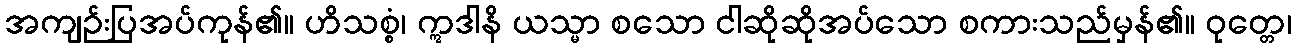
အကျဉ်းပြအပ်ကုန်၏။ ဟိသစ္စံ၊ ဣဒါနိ ယသ္မာ စသော ငါဆိုဆိုအပ်သော စကားသည်မှန်၏။ ဝုတ္တေ၊